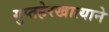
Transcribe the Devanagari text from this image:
गुप्तहेरखात्याने